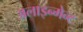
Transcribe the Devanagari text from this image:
अलाइन्मेन्ट